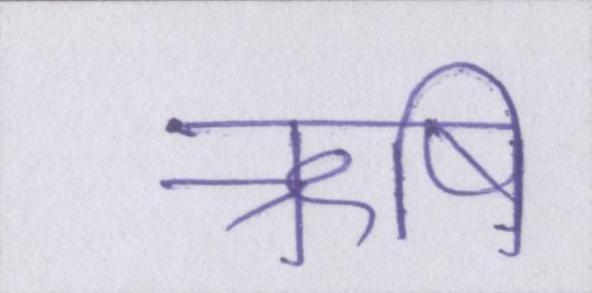
ऋषि